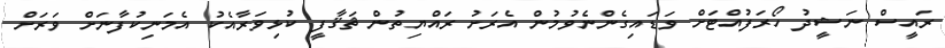
ރައީސް ނަޝީދު ހޯރަފުއްޓަށް ވަޑައިގެންނެވުމުން އެރަށު ރައްޔިތުން ޘަޤާފީ ކުޅިވަރާއެކު އެމަނިކުފާނަށް ވަރަށް